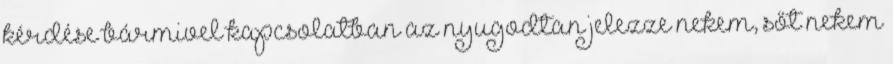
kérdése bármivel kapcsolatban az nyugodtan jelezze nekem, sőt nekem